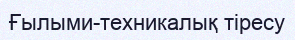
Ғылыми-техникалық тіресу